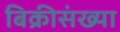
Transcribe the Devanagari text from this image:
बिक्रीसंख्या